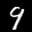
Label: 9